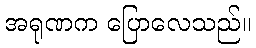
အရုဏက ပြောလေသည်။